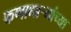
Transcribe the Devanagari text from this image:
कणाधाऱ्यांच्या